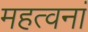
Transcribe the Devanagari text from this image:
महत्वनां